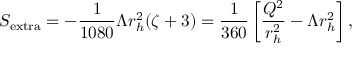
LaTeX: S _ { \mathrm { { e x t r a } } } = - \frac { 1 } { 1 0 8 0 } \Lambda r _ { h } ^ { 2 } ( \zeta + 3 ) = \frac { 1 } { 3 6 0 } \left[ \frac { Q ^ { 2 } } { r _ { h } ^ { 2 } } - \Lambda r _ { h } ^ { 2 } \right] ,